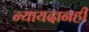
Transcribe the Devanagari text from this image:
न्यायदानही